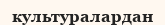
культуралардан